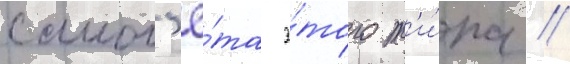
самол'ё́та э́того т'и́па //